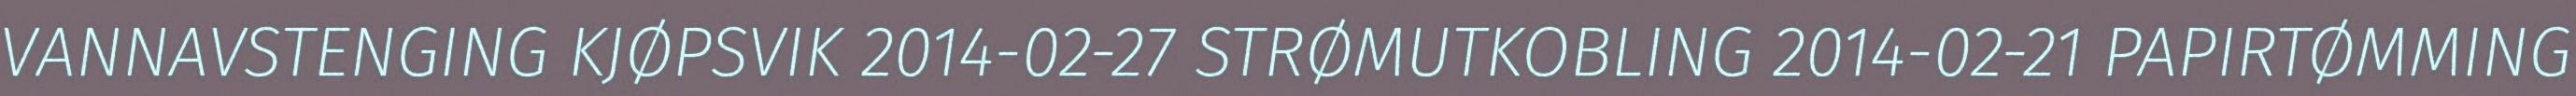
VANNAVSTENGING KJØPSVIK 2014-02-27 STRØMUTKOBLING 2014-02-21 PAPIRTØMMING